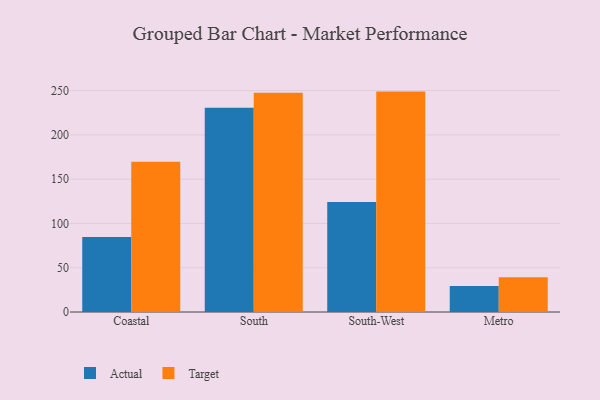
{"axis": {"x": "Region", "y": "Energy Usage (MWh)"}, "legend": ["Actual", "Target"], "data": [{"x": "Coastal", "y": 84.7, "type": "Actual"}, {"x": "Coastal", "y": 169.7, "type": "Target"}, {"x": "South", "y": 230.6, "type": "Actual"}, {"x": "South", "y": 247.7, "type": "Target"}, {"x": "South-West", "y": 124.3, "type": "Actual"}, {"x": "South-West", "y": 248.9, "type": "Target"}, {"x": "Metro", "y": 29.3, "type": "Actual"}, {"x": "Metro", "y": 39.3, "type": "Target"}]}